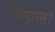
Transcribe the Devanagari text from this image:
बीन्झासर